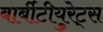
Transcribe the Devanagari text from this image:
बार्बीटीयुरेट्स